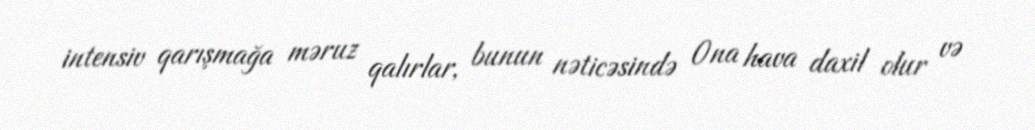
intensiv qarışmağa məruz qalırlar, bunun nəticəsində 0na hava daxil olur və